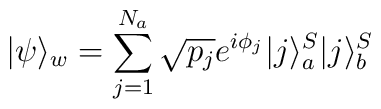
|\psi \rangle_w = \sum_{j=1}^{N_a} \sqrt{p_j}e^{i\phi_j}|j\rangle^S_a |j\rangle^S_b